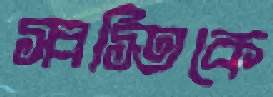
স্বস্তিকে